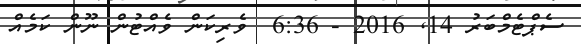
ސެޕްޓެމްބަރު 14